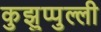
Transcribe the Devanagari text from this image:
कुझुप्पुल्ली